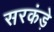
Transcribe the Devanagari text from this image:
सरकंड़े